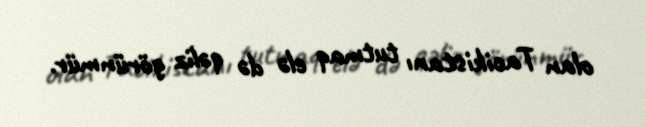
olan Tacikistanı tutmaq elə də qəliz görünmür.